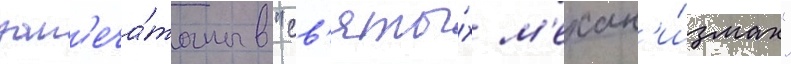
зап'еча́таны в "св'яты́х м'ехан'и́змах"